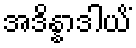
အဒိန္နာဒါယိံ